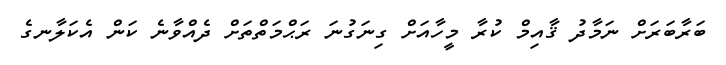
ބަރާބަރަށް ނަމާދު ޤާއިމް ކުރާ މީހާއަށް ގިނަގުނަ ރަޙްމަތްތަށް ދެއްވާނެ ކަން އެކަލާނގެ